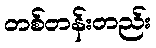
တစ်တန်းတည်း